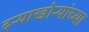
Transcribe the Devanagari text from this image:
दऱ्याखोऱ्यांच्या